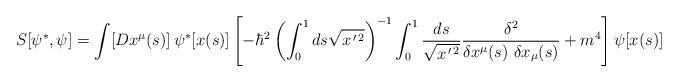
LaTeX: \begin{align*}S[\psi^*,\psi]=\int [Dx^\mu(s)]\,\psi^*[x(s)]\left[-\hbar^2\left(\int_0^1 ds\sqrt{x^{\,\prime\, 2}}\right)^{-1}\int_0^1 {ds\over\sqrt{x^{\,\prime\, 2}}}{\delta^2\over \delta x^\mu(s)\ \delta x_\mu(s)} +m^4\right]\psi[x(s)]\\\end{align*}